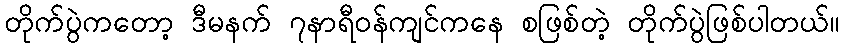
တိုက်ပွဲကတော့ ဒီမနက် ၇နာရီဝန်ကျင်ကနေ စဖြစ်တဲ့ တိုက်ပွဲဖြစ်ပါတယ်။